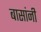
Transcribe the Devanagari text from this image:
बासांनी